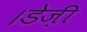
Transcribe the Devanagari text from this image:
।डेज़ी